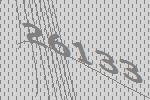
26133